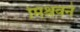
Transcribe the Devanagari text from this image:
मिश्रवने